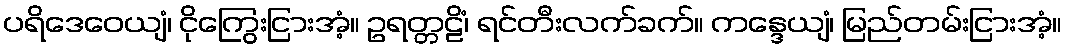
ပရိဒေဝေယျံ၊ ငိုကြွေးငြားအံ့။ ဥရတ္တဠိံ၊ ရင်တီးလက်ခက်။ ကန္ဒေယျံ၊ မြည်တမ်းငြားအံ့။